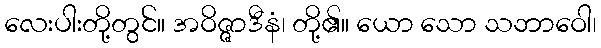
လေးပါးတို့တွင်။ အဝိဇ္ဇာဒီနံ၊ တို့၏။ ယော သော သဘာဝေါ၊